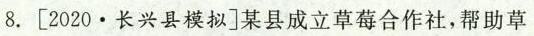
8.[2020.长兴县模拟]某县成立草莓合作社，帮助草